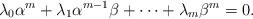
LaTeX: \begin{align*} \lambda_0\alpha^m+\lambda_1 \alpha^{m-1}\beta+\cdots +\lambda_m\beta^m=0. \end{align*}